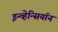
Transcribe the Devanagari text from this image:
इन्व्हेन्सियॉन